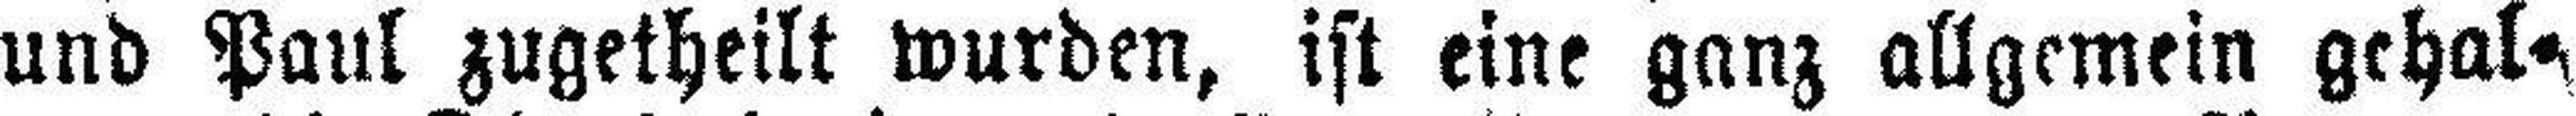
und Paul zugetheilt wurden, ist eine ganz allgemein gehal¬